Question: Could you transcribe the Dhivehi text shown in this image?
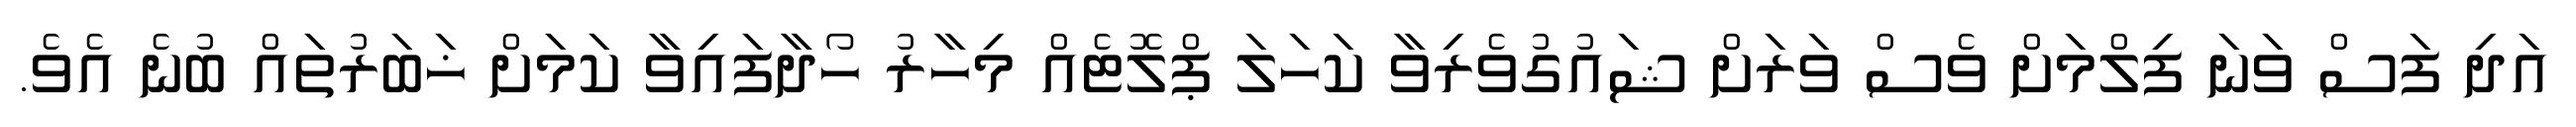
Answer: އަދި ފަސް ވަނަ ފިލްމަށް ވެސް ވަރަށް ޝައުގުވެރިވާ ކަހަލަ ޕްލޮޓެއް މިހާރު ހޯދާފައިވާ ކަމަށް ޚަބަރުތައް ބުނެ އެވެ.